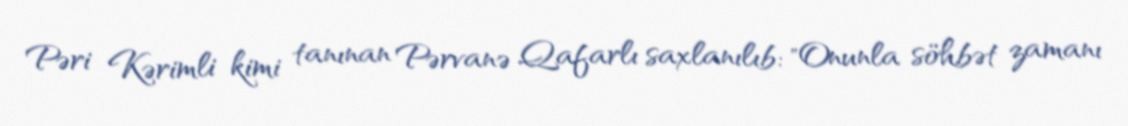
Pəri Kərimli kimi tanınan Pərvanə Qafarlı saxlanılıb: "Onunla söhbət zamanı